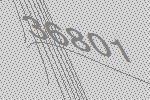
36801